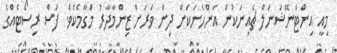
މިއީ އިންޓަނޭޝަނަލް ޗެއިނަކުން އަންހެނަކަށް ދިން ވަރަށް ޒިންމާދާރު މަގާމެކެވެ. ފަސް ރިސޯޓެއްގެ